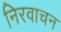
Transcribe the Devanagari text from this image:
निरवाचन